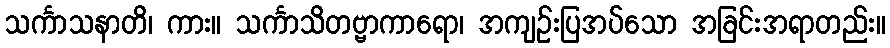
သင်္ကာသနာတိ၊ ကား။ သင်္ကာသိတဗ္ဗာကာရော၊ အကျဉ်းပြအပ်သော အခြင်းအရာတည်း။